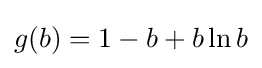
g(b)=1-b+b\ln b